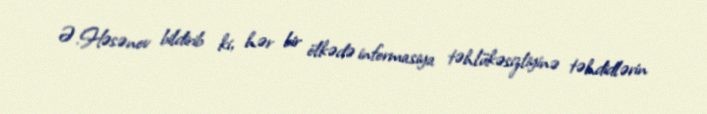
Ə.Həsənov bildirib ki, hər bir ölkədə informasiya təhlükəsizliyinə təhdidlərin